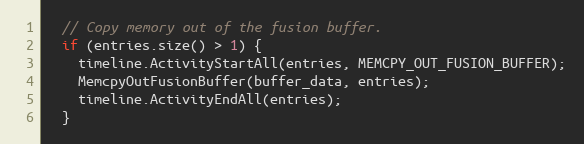
Language: C++
  // Copy memory out of the fusion buffer.
  if (entries.size() > 1) {
    timeline.ActivityStartAll(entries, MEMCPY_OUT_FUSION_BUFFER);
    MemcpyOutFusionBuffer(buffer_data, entries);
    timeline.ActivityEndAll(entries);
  }